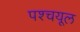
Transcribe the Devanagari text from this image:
पश्‍चयूल